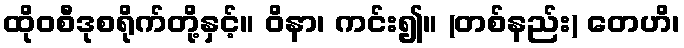
ထိုဝစီဒုစရိုက်တို့နှင့်။ ဝိနာ၊ ကင်း၍။ (တစ်နည်း) တေဟိ၊